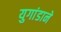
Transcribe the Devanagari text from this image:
युगांडाने